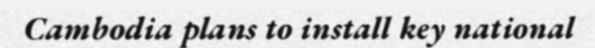
Cambodia plans to install key national